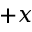
+ x